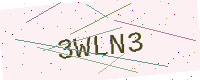
Text: 3WLN3